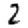
Digit: 2